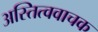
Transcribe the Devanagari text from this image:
अस्तित्ववाचक